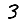
Digit: 3